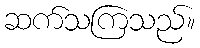
ဆက်သကြသည်။